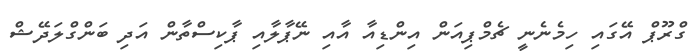
ގްރޫޕް އޭގައި ހިމެނެނީ ޗެމްޕިއަން އިންޑިއާ އާއި ނޭޕާލާއި ޕާކިސްތާން އަދި ބަންގްލަދޭޝް